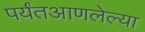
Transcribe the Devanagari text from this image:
पर्यंतआणलेल्या